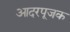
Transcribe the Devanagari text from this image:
आदरपूजक